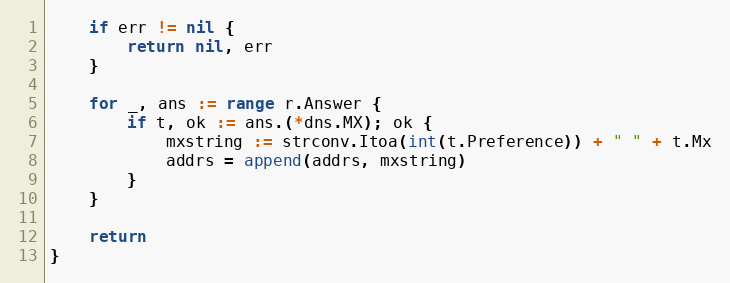
Language: Go
	if err != nil {
		return nil, err
	}

	for _, ans := range r.Answer {
		if t, ok := ans.(*dns.MX); ok {
			mxstring := strconv.Itoa(int(t.Preference)) + " " + t.Mx
			addrs = append(addrs, mxstring)
		}
	}

	return
}